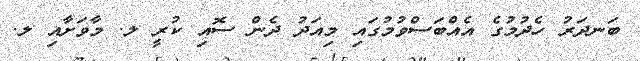
ބަނދަރު ހެދުމުގެ އެއްބަސްވުމުގައި މިއަދު ދެން ސޮއި ކުރީ ލ. މާވަށާއި ލ.